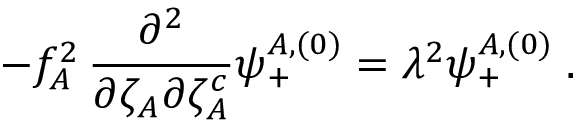
- f _ { A } ^ { 2 } \, { \frac { \partial ^ { 2 } } { \partial \zeta _ { A } \partial \zeta _ { A } ^ { c } } } \psi _ { + } ^ { A , ( 0 ) } = \lambda ^ { 2 } \psi _ { + } ^ { A , ( 0 ) } \; .